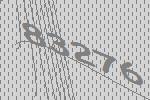
83276